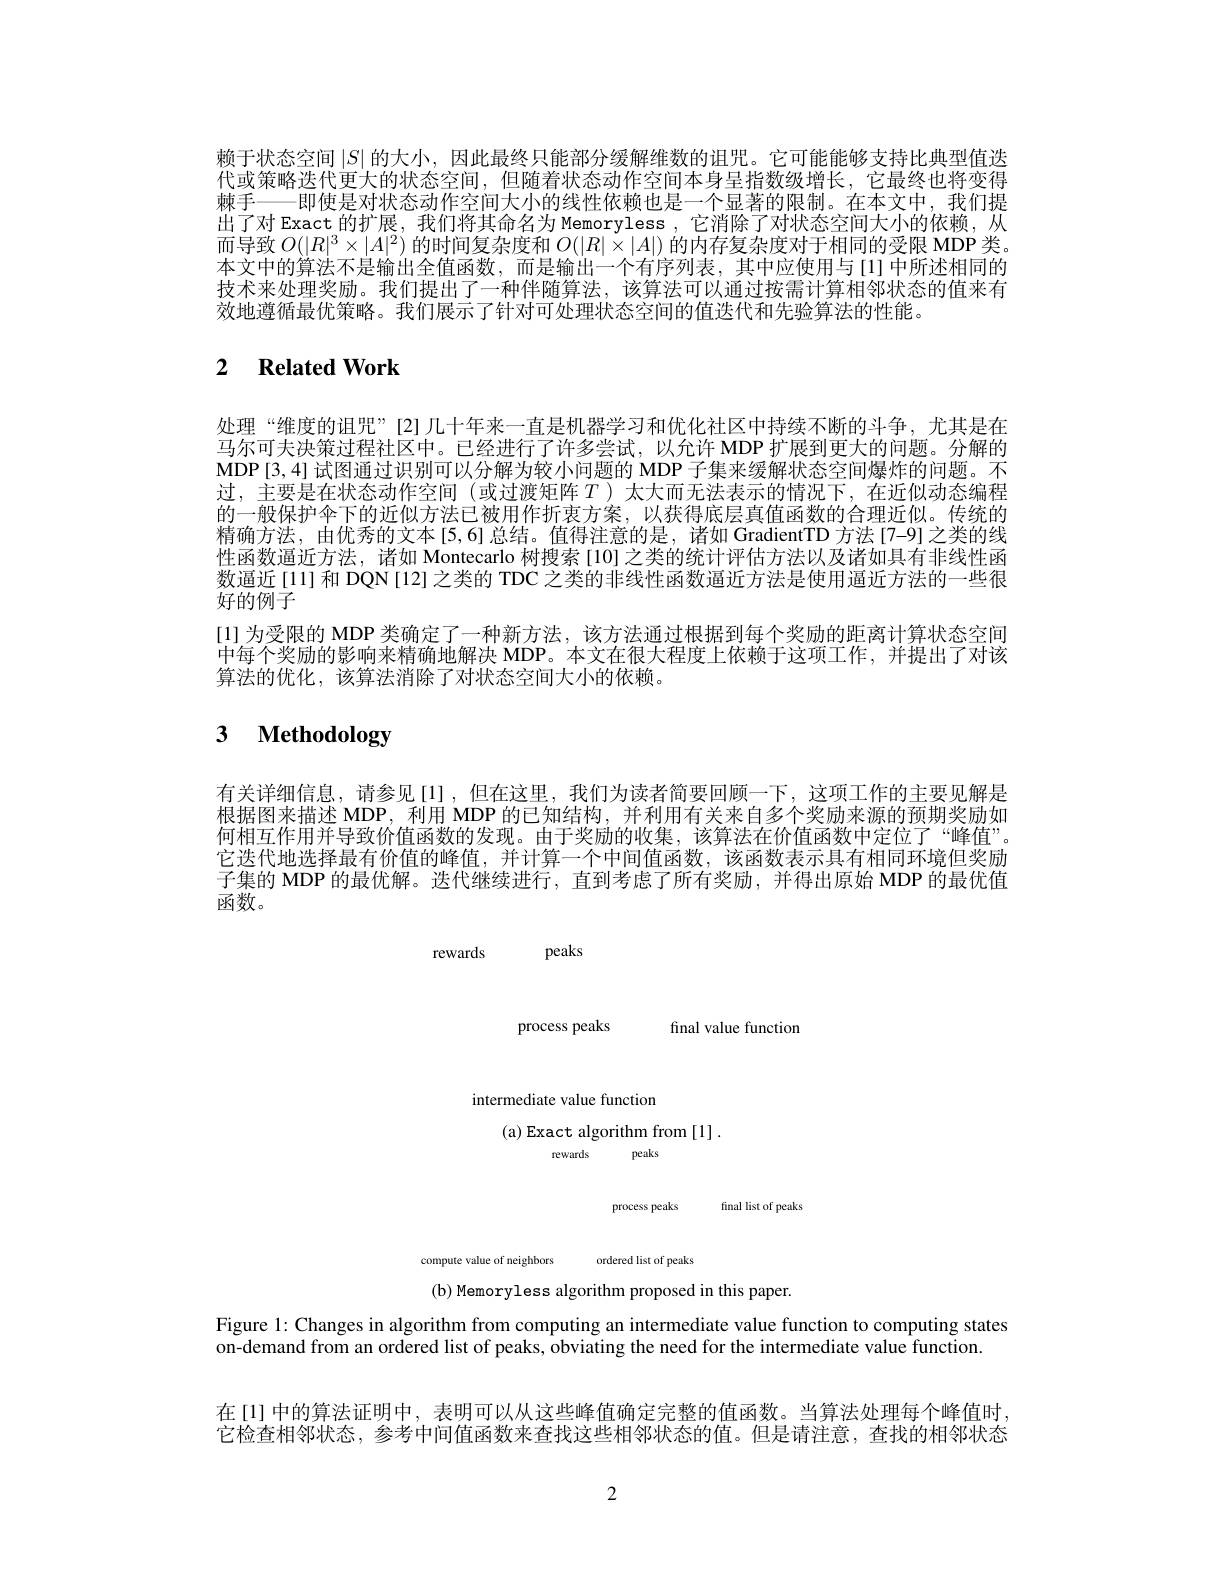
赖于状态空间$|S|$的大小，因此最终只能部分缓解维数的诅咒。它可能能够支持比典型值迭代或策略迭代更大的状态空间，但随着状态动作空间本身呈指数级增长，它最终也将变得棘手——即使是对状态动作空间大小的线性依赖也是一个显著的限制。在本文中，我们提出了对 Exact 的扩展，我们将其命名为 Memoryless , 它消除了对状态空间大小的依赖，从而导致$O(|R|^3\times|A|^2)$的时间复杂度和$O(|R|\dot{\times}|A|)$的内存复杂度对于相同的受限 MDP 类。本文中的算法不是输出全值函数，而是输出一个有序列表，其中应使用与[1]中所述相同的技术来处理奖励。我们提出了一种伴随算法，该算法可以通过按需计算相邻状态的值来有效地遵循最优策略。我们展示了针对可处理状态空间的值迭代和先验算法的性能。

## 2 $\textbf{Related Work}$

处理“维度的诅咒”[2]几十年来一直是机器学习和优化社区中持续不断的斗争，尤其是在马尔可夫决策过程社区中。已经进行了许多尝试，以允许 MDP 扩展到更大的问题。分解的MDP[3,4] 试图通过识别可以分解为较小问题的 MDP 子集来缓解状态空间爆炸的问题。不过，主要是在状态动作空间(或过渡矩阵$T$ )太大而无法表示的情况下，在近似动态编程的一般保护伞下的近似方法已被用作折衷方案，以获得底层真值函数的合理近似。传统的精确方法，由优秀的文本[5,6]总结。值得注意的是，诸如 GradientTD 方法[7-9]之类的线性函数逼近方法，诸如 Montecarlo 树搜索[10]之类的统计评估方法以及诸如具有非线性函数逼近[11]和 DQN[12]之类的 TDC 之类的非线性函数逼近方法是使用通近方法的一些很好的例子
[1] 为受限的 MDP 类确定了一种新方法，该方法通过根据到每个奖励的距离计算状态空间中每个奖励的影响来精确地解决 MDP。本文在很大程度上依赖于这项工作，并提出了对该算法的优化，该算法消除了对状态空间大小的依赖。

## 3 $\textbf{Methodology}$

有关详细信息，请参见[1],但在这里，我们为读者简要回顾一下，这项工作的主要见解是根据图来描述 MDP, 利用 MDP 的已知结构，并利用有关来自多个奖励来源的预期奖励如何相互作用并导致价值函数的发现。由于奖励的收集，该算法在价值函数中定位了“峰值”。它迭代地选择最有价值的峰值，并计算一个中间值函数，该函数表示具有相同环境但奖励子集的 MDP 的最优解。迭代继续进行，直到考虑了所有奖励，并得出原始 MDP 的最优值函数。

<FigureHere>
(b) Memoryless algorithm proposed in this paper

Figure 1: Changes in algorithm from computing an intermediate value function to computing states
on-demand from an ordered list of peaks, obviating the need for the intermediate value function.

在[1] 中的算法证明中，表明可以从这些峰值确定完整的值函数。当算法处理每个峰值时它检查相邻状态，参考中间值函数来查找这些相邻状态的值。但是请注意，查找的相邻状态

2